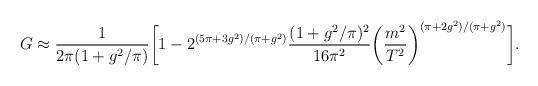
\begin{align*}G \approx \frac{1}{2\pi(1+g^2/\pi)}\bigg[1-2^{(5\pi+3g^2)/(\pi+g^2)}\frac{(1+g^2/\pi)^2}{16\pi^2}\bigg(\frac{m^2}{T^2}\bigg)^{(\pi+2g^2)/(\pi+g^2)}\bigg].\end{align*}